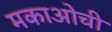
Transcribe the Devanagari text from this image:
मकाओची